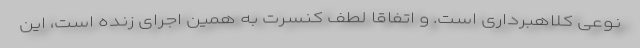
نوعی کلاهبرداری است. و اتفاقا لطف کنسرت به همین اجرای زنده است، این